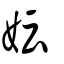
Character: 妘